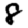
Digit: 8